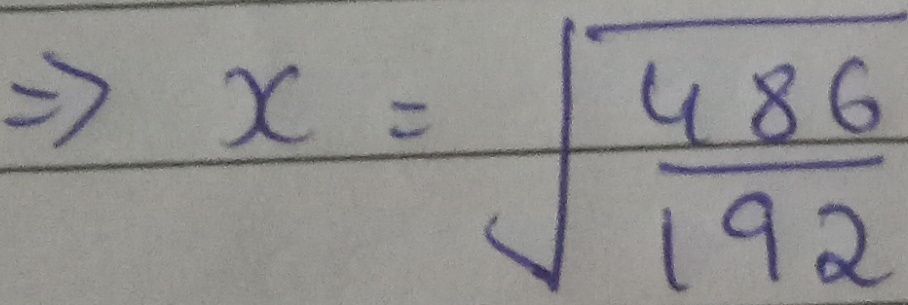
\[
\Rightarrow x=\sqrt{\frac{486}{192}}
\]